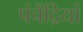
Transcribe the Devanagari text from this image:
पंचेंद्रियां